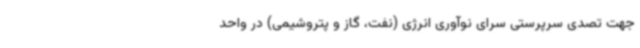
جهت تصدی سرپرستی سرای نوآوری انرژی (نفت، گاز و پتروشیمی) در واحد